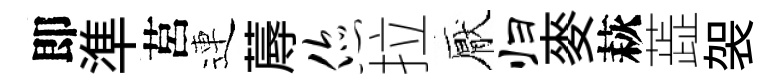
即準莒連蓐您拉厭归麥萩蕋袈